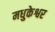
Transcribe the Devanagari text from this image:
मधुकेश्वर